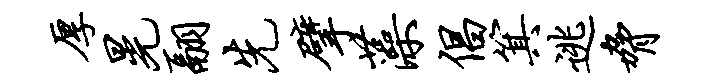
厚晃翮先擘藻倡箕逃胁